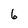
Character: 6